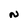
Character: N